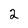
Character: 2